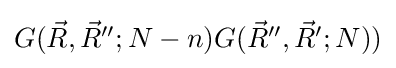
\textstyle G({\vec {R}},{\vec {R}}'';N-n)G({\vec {R}}'',{\vec {R}}';N))